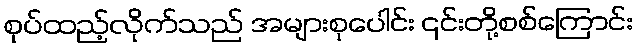
စုပ်ထည့်လိုက်သည် အများစုပေါင်း ၎င်းတို့စစ်ကြောင်း